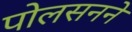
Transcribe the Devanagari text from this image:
पोलसनने